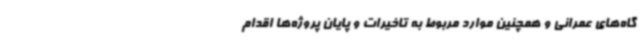
گاه‌های عمرانی و همچنین موارد مربوط به تاخیرات و پایان پروژه‌ها اقدام